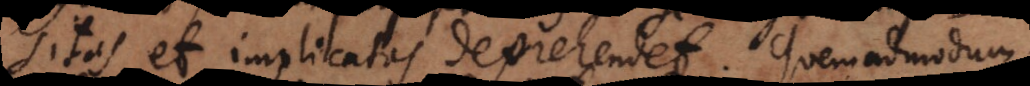
sitas et implicatas deprehendet. Quemadmodum